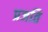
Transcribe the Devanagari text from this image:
प्रजति